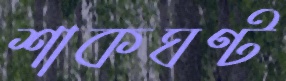
শাকঘণ্ট